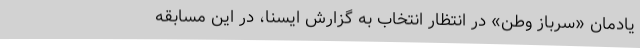
یادمان «سرباز وطن» در انتظار انتخاب به گزارش ایسنا، در این مسابقه